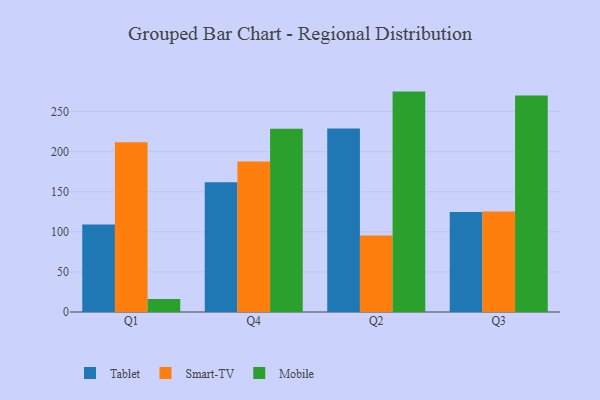
{"axis": {"x": "Quarter", "y": "Temperature (°C)"}, "legend": ["Mobile", "Smart-TV", "Tablet"], "data": [{"x": "Q1", "y": 109.1, "type": "Tablet"}, {"x": "Q1", "y": 211.6, "type": "Smart-TV"}, {"x": "Q1", "y": 16.3, "type": "Mobile"}, {"x": "Q4", "y": 161.9, "type": "Tablet"}, {"x": "Q4", "y": 187.7, "type": "Smart-TV"}, {"x": "Q4", "y": 228.6, "type": "Mobile"}, {"x": "Q2", "y": 228.9, "type": "Tablet"}, {"x": "Q2", "y": 95.3, "type": "Smart-TV"}, {"x": "Q2", "y": 274.9, "type": "Mobile"}, {"x": "Q3", "y": 124.8, "type": "Tablet"}, {"x": "Q3", "y": 125.3, "type": "Smart-TV"}, {"x": "Q3", "y": 270.0, "type": "Mobile"}]}